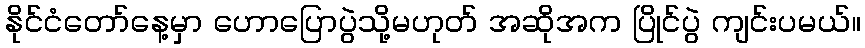
နိုင်ငံတော်နေ့မှာ ဟောပြောပွဲသို့မဟုတ် အဆိုအက ပြိုင်ပွဲ ကျင်းပမယ်။